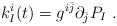
\begin{align*}k_I^i(t) = g^{i\bar j} \partial_{\bar j} P_I\ .\end{align*}